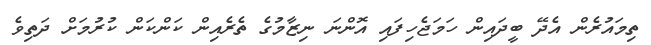
ތިމައުރެން އެދޭ ބީދައިން ހަމަޖެހިފައި އޮންނަ ނިޒާމުގެ ތެރެއިން ކަންކަން ކުރުމަށް ދަތިވެ